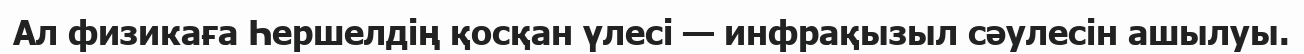
Ал физикаға Һершелдің қосқан үлесі — инфрақызыл сәулесін ашылуы.